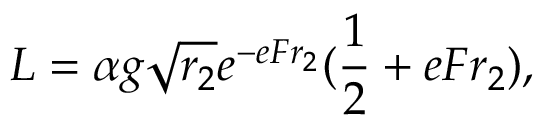
L = \alpha g \sqrt { r _ { 2 } } e ^ { - e F r _ { 2 } } ( { \frac { 1 } { 2 } } + e F r _ { 2 } ) ,